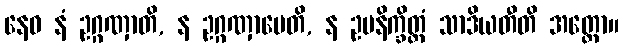
နေဝ နံ ဥဂ္ဂဏှာတိ, န ဥဂ္ဂဏှာပေတိ, န ဥပနိက္ခိတ္တံ သာဒိယတီတိ အတ္ထော။